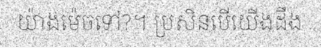
យ៉ាងម៉េចទៅ?។ ប្រសិនបើយើងដឹង